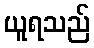
ယူရသည်